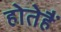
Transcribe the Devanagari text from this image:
होतेहैं